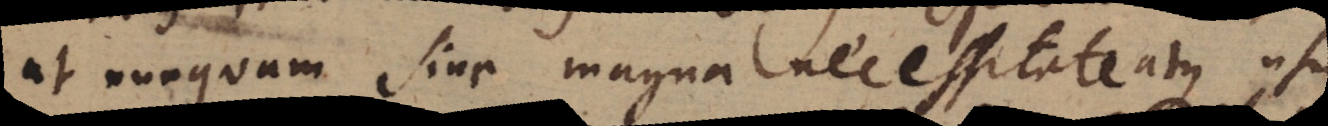
ut nunquam sine magna necessitate atque usu